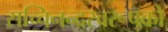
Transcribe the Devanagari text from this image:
सच्चिनन्दस्वरूपको